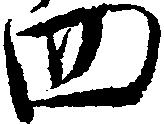
四